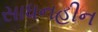
સાધનહીન